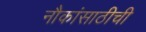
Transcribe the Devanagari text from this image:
नौकांसाठीची